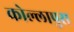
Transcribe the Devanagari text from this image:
कोल्लापुरा